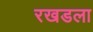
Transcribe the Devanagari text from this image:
रखडला